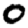
Digit: 0